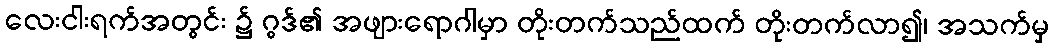
လေးငါးရက်အတွင်း ၌ ဂွဒ်၏ အဖျားရောဂါမှာ တိုးတက်သည်ထက် တိုးတက်လာ၍၊ အသက်မှ